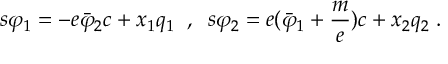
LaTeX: s \varphi _ { 1 } = - e \bar { \varphi } _ { 2 } c + x _ { 1 } q _ { 1 } \; \; , \; \; s \varphi _ { 2 } = e ( \bar { \varphi } _ { 1 } + \frac m e ) c + x _ { 2 } q _ { 2 } \; .